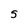
Character: S